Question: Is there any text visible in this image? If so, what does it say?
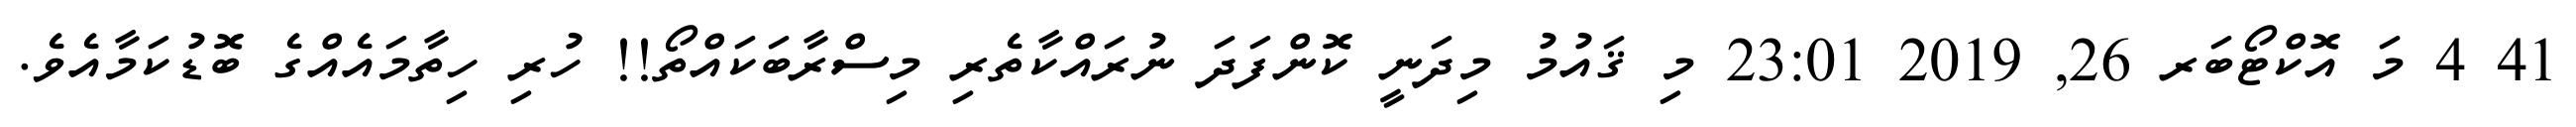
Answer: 41 4 މަ އޮކްޓޯބަރ 26, 2019 23:01 މި ޤައުމު މިދަނީ ކޮންފަދަ ނުރައްކާތެރި މިސްރާބަކައްތޯ!! ހުރި ހިތާމައެއްގެ ބޮޑުކަމާއެވެ.